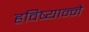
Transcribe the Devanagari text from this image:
हविष्यान्ने